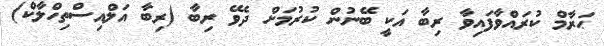
ޙަރާމް ކުރައްވާފައިވާ ރިބާ އަކީ ބޭނުން ކުރުމަށް ދެވޭ ރިބާ (ރިބާ އަލްއިސްތިހްލާކް)